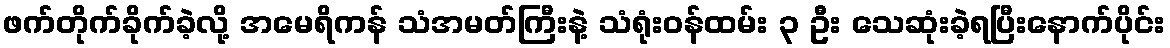
ဖက်တိုက်ခိုက်ခဲ့လို့ အမေရိကန် သံအမတ်ကြီးနဲ့ သံရုံးဝန်ထမ်း ၃ ဦး သေဆုံးခဲ့ရပြီးနောက်ပိုင်း